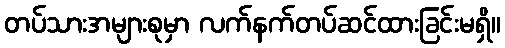
တပ်သားအများစုမှာ လက်နက်တပ်ဆင်ထားခြင်းမရှိ။